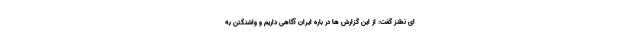
ای نطنز گفت: از این گزارش ها در باره ایران آگاهی داریم و واشنگتن به